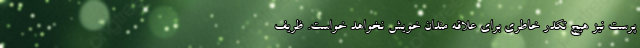
پرست نیز هیچ تکدر خاطری برای علاقه مندان خویش نخواهد خواست. ظریف